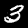
Digit: 3